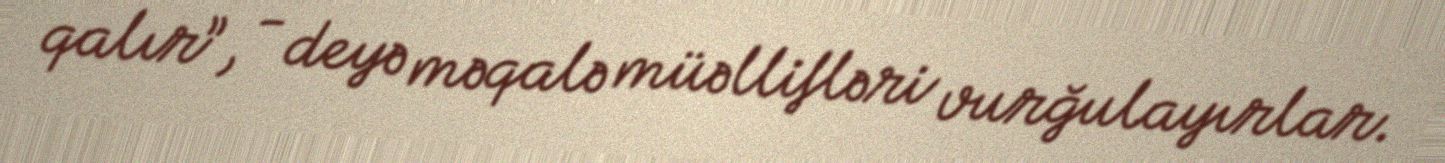
qalır”, - deyə məqalə müəllifləri vurğulayırlar.